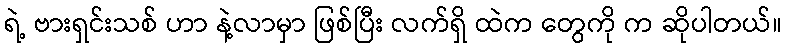
ရဲ့ ဗားရှင်းသစ် ဟာ နဲ့လာမှာ ဖြစ်ပြီး လက်ရှိ ထဲက တွေကို က ဆိုပါတယ်။